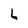
Character: L